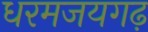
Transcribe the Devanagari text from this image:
धरमजयगढ़